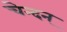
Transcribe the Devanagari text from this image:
चेन्दन्